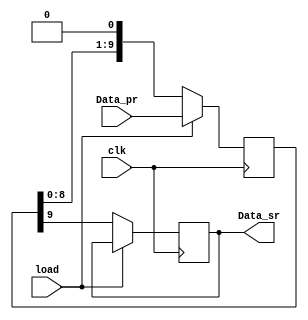
module madhuri_piso(clk, load, Data_pr, Data_sr);
input clk, load;
input [9:0] Data_pr;
output reg Data_sr;
reg [9:0] tmp;
always @(posedge clk)
begin
  if(load)
  tmp<=Data_pr;
  else
  begin
  Data_sr <= tmp[9];
  tmp <= {tmp[8:0],1'b0};
  end
end
endmodule